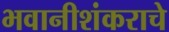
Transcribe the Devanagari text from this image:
भवानीशंकराचे